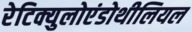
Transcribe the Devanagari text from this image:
रेटिक्युलोएंडोथीलियल